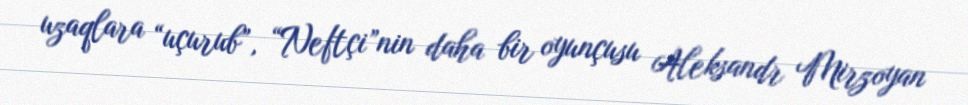
uzaqlara “uçurub”, “Neftçi”nin daha bir oyunçusu Aleksandr Mirzoyan